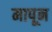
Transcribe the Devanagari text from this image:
मापून